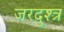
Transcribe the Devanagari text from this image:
जरदुश्त्र